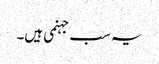
یہ سب جہنمی ہیں۔